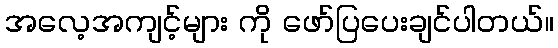
အလေ့အကျင့်များ ကို ဖော်ပြပေးချင်ပါတယ်။